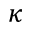
\kappa